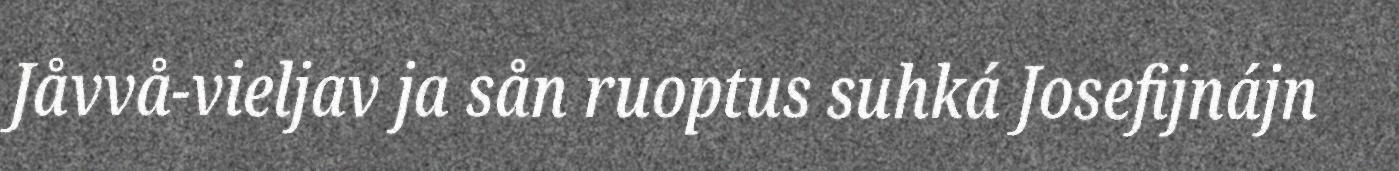
Jåvvå-vieljav ja sån ruoptus suhká Josefijnájn